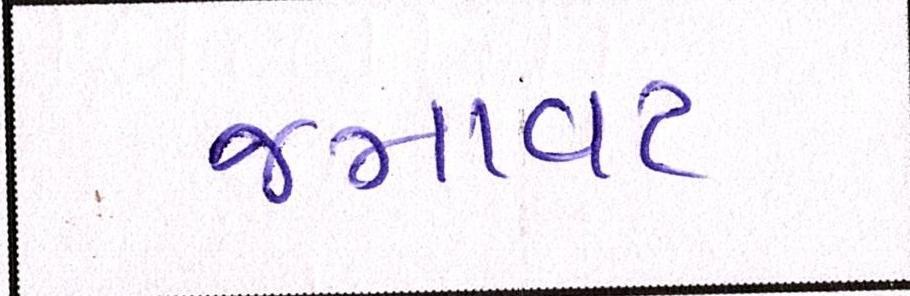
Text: જમાવટ